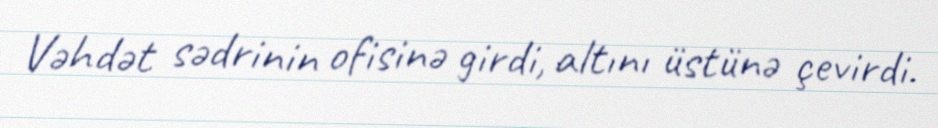
Vəhdət sədrinin ofisinə girdi, altını üstünə çevirdi.